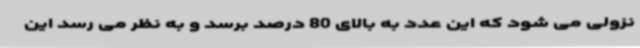
نزولی می شود که این عدد به بالای 80 درصد برسد و به نظر می رسد این